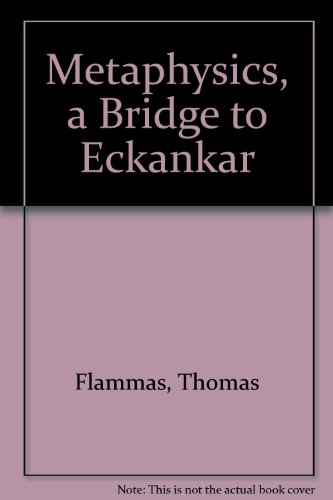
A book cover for Metaphysics, a Bridge to Eckankar; Thomas Flammas; Religion & Spirituality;